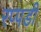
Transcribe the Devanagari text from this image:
रप्पडी